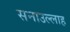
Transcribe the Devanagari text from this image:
सनाउल्‍लाह